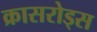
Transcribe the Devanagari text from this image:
क्रासरोड्स